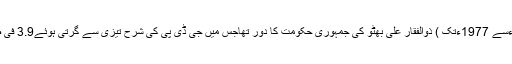
تیسرا دور (1971ءسے 1977ءتک ) ذوالفقار علی بھٹو کی جمہوری حکومت کا دور تھاجس میں جی ڈی پی کی شرح تیزی سے گرتی ہوئے3.9 فی صد سالانہ پر آگئی۔